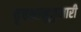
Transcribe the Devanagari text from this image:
वृषभानुकुमारी